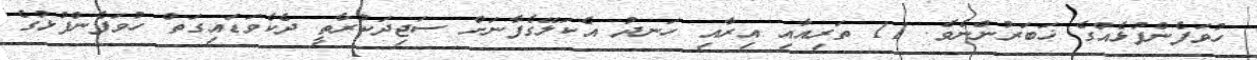
ހުވަފެންފުޅެއްގެ ޚަބަރުންނެވެ. 11 ތަރިއާއި އިރާއި ހަނދު އެކަލޭގެފާނަށް ސަޖިދަކުރާތީ ދެކެވަޑައިގަތް ހުވަފެންފުޅުގެ